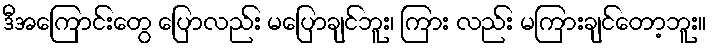
ဒီအကြောင်းတွေ ပြောလည်း မပြောချင်ဘူး၊ ကြား လည်း မကြားချင်တော့ဘူး။